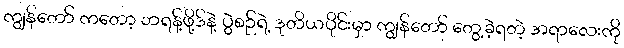
ကျွန်တော် ကတော့ ဘရန့်ဖို့ဒ်နဲ့ ပွဲစဉ်ရဲ့ ဒုတိယပိုင်းမှာ ကျွန်တော် တွေ့ခဲ့ရတဲ့ အရာလေးကို